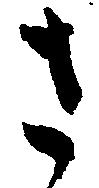
さ